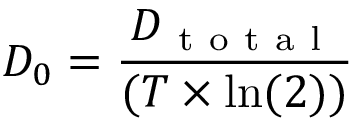
D _ { 0 } = \frac { D _ { \mathrm { ~ t ~ o ~ t ~ a ~ l ~ } } } { ( T \times \ln ( 2 ) ) }